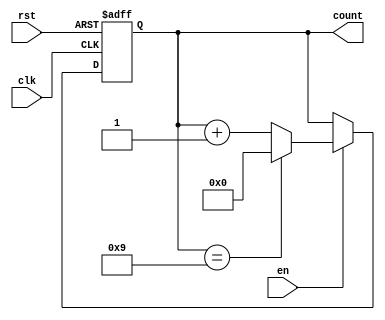
module modulus_counter #(
    parameter N = 10  // Modulus value (must be greater than 0)
)(
    input wire clk,    // Clock input
    input wire rst,    // Asynchronous reset (active high)
    input wire en,     // Enable signal to start/stop counting
    output reg [N-1:0] count // N-bit wide output count
);

    // Ensure N is greater than 0
    initial begin
        if (N <= 0) begin
            $error("Modulus N must be greater than 0");
        end
    end

    // Always block for counter operation
    always @(posedge clk or posedge rst) begin
        if (rst) begin
            // Reset the counter to 0
            count <= 0;
        end else if (en) begin
            // Increment the counter if enabled
            if (count == (N - 1)) begin
                count <= 0; // Reset to 0 if modulus is reached
            end else begin
                count <= count + 1; // Increment the counter
            end
        end
    end

endmodule